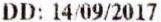
DD: 14/09/2017